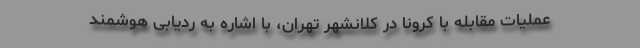
عملیات مقابله با کرونا در کلانشهر تهران، با اشاره به ردیابی هوشمند